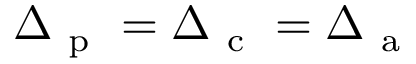
\Delta _ { \mathrm { ~ p ~ } } = \Delta _ { \mathrm { ~ c ~ } } = \Delta _ { \mathrm { ~ a ~ } }